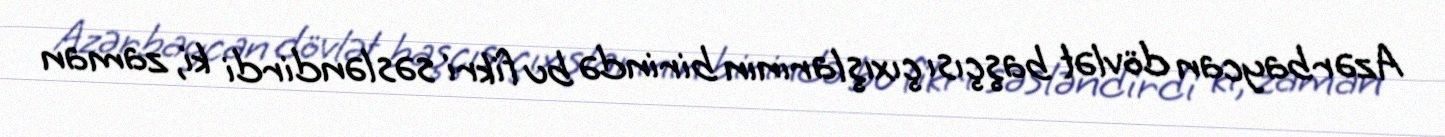
Azərbaycan dövlət başçısı çıxışlarının birində bu fikri səsləndirdi ki, zaman